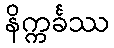
နိက္ကင်္ခဿ